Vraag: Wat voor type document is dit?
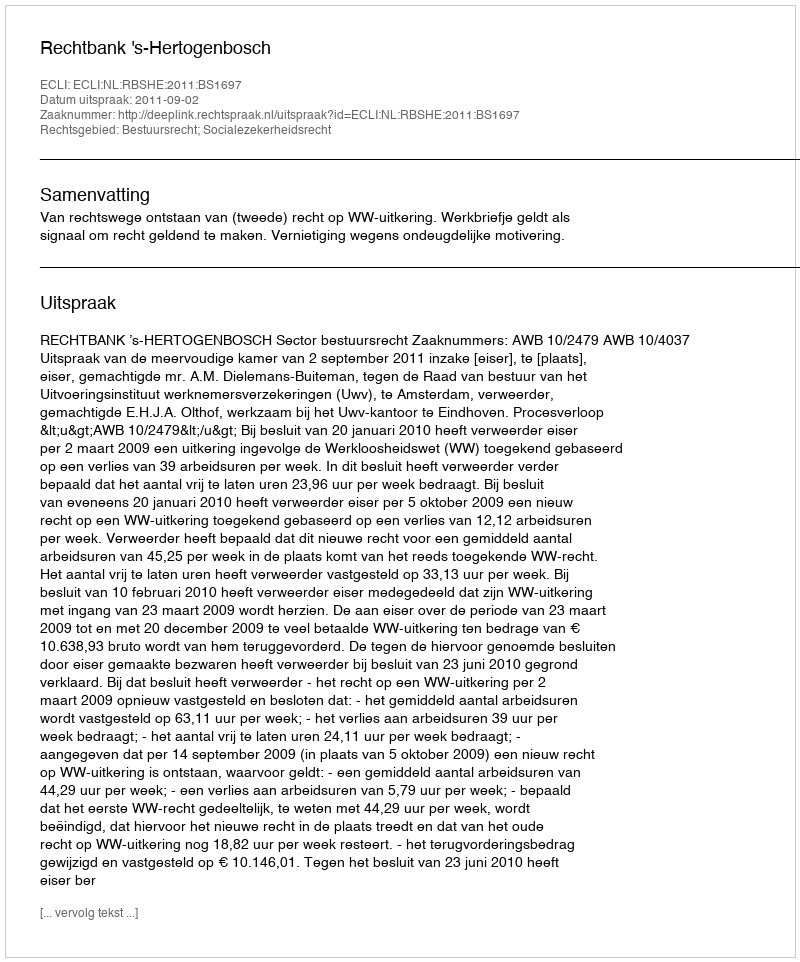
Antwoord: Uitspraak